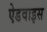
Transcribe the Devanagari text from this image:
ऐडवाइस